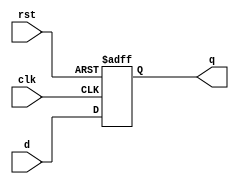

`timescale 1ns/10ps
//------------------------------------------------------------------------------------------
module delay_7bit(d,clk,rst,q);
  input [1:7] d;
  input rst, clk;
  output [1:7] q;
  reg [1:7] q;
  always @(posedge clk or negedge rst)
      begin
        if(!rst) 
           begin
             q <= 7'b0;
           end
        else 
           begin
             q <= d;
           end
      end
endmodule